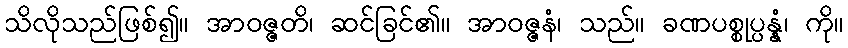
သိလိုသည်ဖြစ်၍။ အာဝဇ္ဇတိ၊ ဆင်ခြင်၏။ အာဝဇ္ဇနံ၊ သည်။ ခဏပစ္စုပ္ပန္နံ၊ ကို။